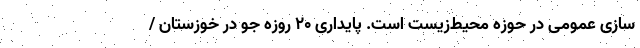
سازی عمومی در حوزه محیط‌زیست است. پایداری ۲۰ روزه جو در خوزستان /